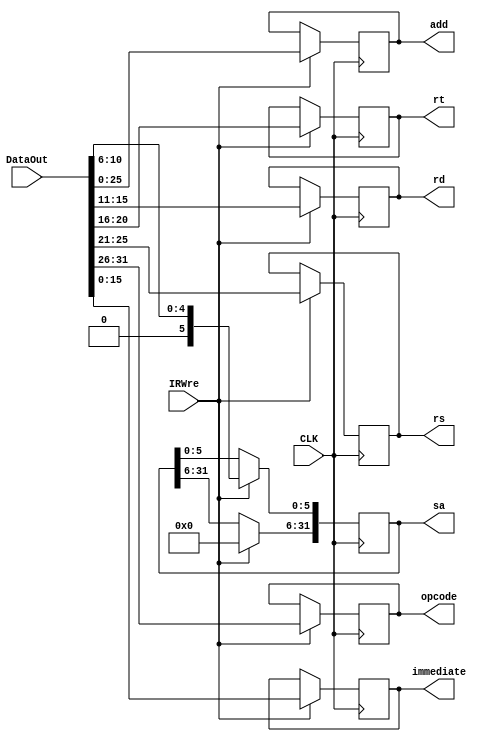
`timescale 1ns / 1ps
//////////////////////////////////////////////////////////////////////////////////
// Company: 
// Engineer: 
// 
// Design Name: 
// Module Name: IR
// Project Name: 
// Target Devices: 
// Tool Versions: 
// Description: 
// 
// Dependencies: 
// 
// Revision:
// Revision 0.01 - File Created
// Additional Comments:
// 
//////////////////////////////////////////////////////////////////////////////////


module IR(
    input CLK,
    input  [31:0] DataOut,
    input IRWre,
    output reg [5:0] opcode,
    output  reg [4:0] rs, rt, rd,
    output  reg [15:0] immediate,
    output  reg [31:0] sa,
    output  reg [25:0] add
    );
    always@( posedge CLK) begin
    if(IRWre==1)begin
              opcode <= DataOut[31:26];  
               rs = DataOut[25:21];  
              rt = DataOut[20:16];  
              rd = DataOut[15:11];
               sa[5:0] = DataOut[10:6];
              sa[31:6] = 26'h0000;
               immediate = DataOut[15:0];
             add = DataOut[25:0];
           end
        end
    endmodule